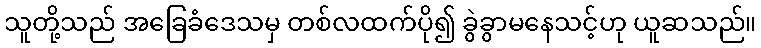
သူတို့သည် အခြေခံဒေသမှ တစ်လထက်ပို၍ ခွဲခွာမနေသင့်ဟု ယူဆသည်။